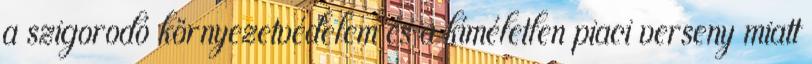
a szigorodó környezetvédelem és a kíméletlen piaci verseny miatt